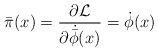
LaTeX: \begin{align*}{\bar \pi}(x) = \frac{\partial {\cal L}}{\partial {\dot {\bar \phi}}(x)} ={\dot \phi}(x)\end{align*}